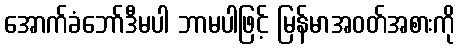
အောက်ခံဘော်ဒီမပါ ဘာမပါဖြင့် မြန်မာအဝတ်အစားကို